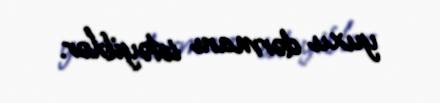
yuxu dərmanı istəyiblər.